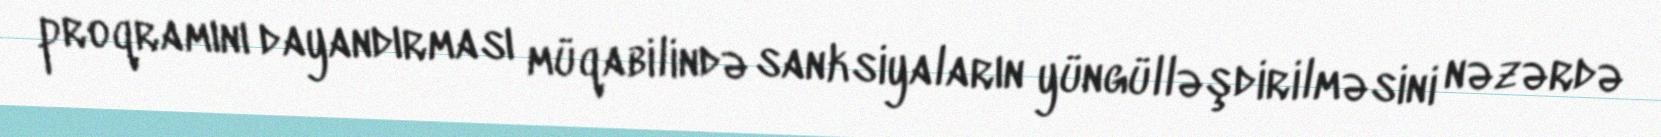
proqramını dayandırması müqabilində sanksiyaların yüngülləşdirilməsini nəzərdə